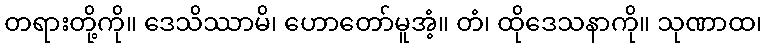
တရားတို့ကို။ ဒေသိဿာမိ၊ ဟောတော်မူအံ့။ တံ၊ ထိုဒေသနာကို။ သုဏာထ၊